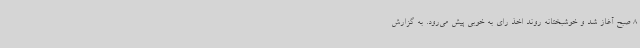
8 صبح آغاز شد و خوشبختانه روند اخذ رای به خوبی پیش می‌رود. به گزارش